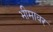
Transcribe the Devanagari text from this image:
भीमावर